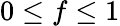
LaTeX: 0\leq f\leq 1